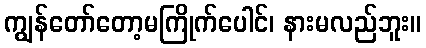
ကျွန်တော်တော့မကြိုက်ပေါင်၊ နားမလည်ဘူး။